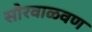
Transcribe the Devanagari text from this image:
सौरवाळवण